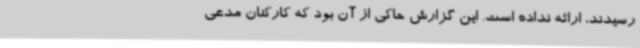
رسیدند، ارائه نداده است. این گزارش حاکی از آن بود که کارکنان مدعی